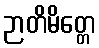
ဉာတိမိတ္တေ